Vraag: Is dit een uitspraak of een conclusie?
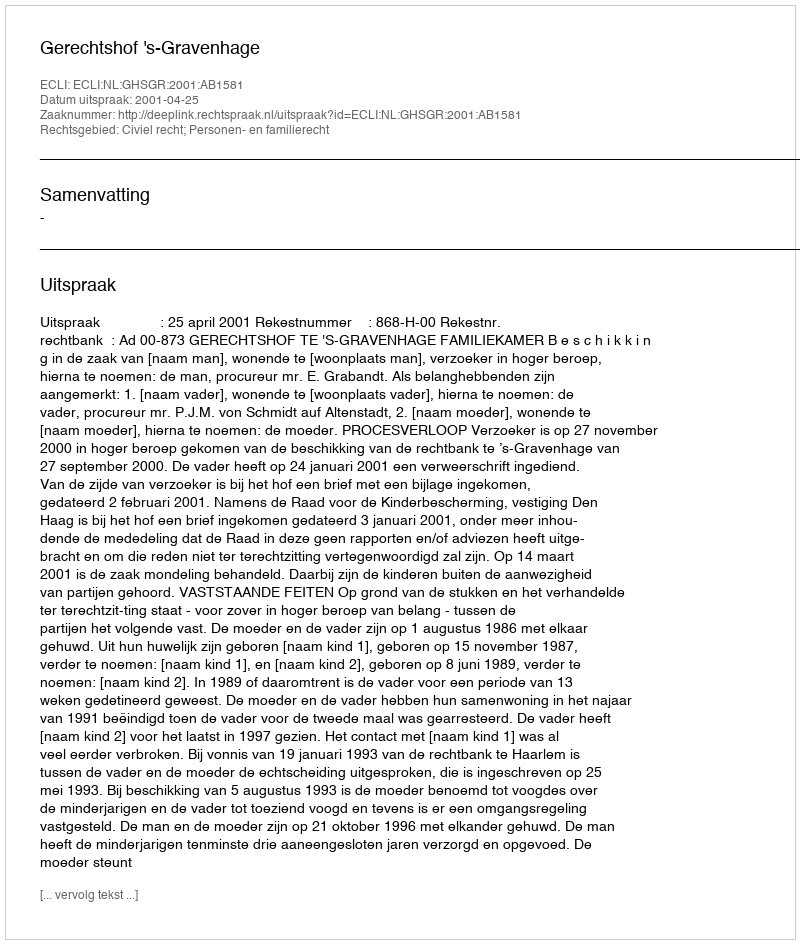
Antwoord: Uitspraak